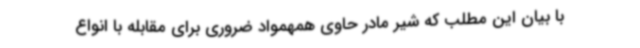
با بیان این مطلب که شیر مادر حاوی همهمواد ضروری برای مقابله با انواع